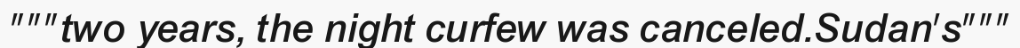
"""two years, the night curfew was canceled.Sudan's"""